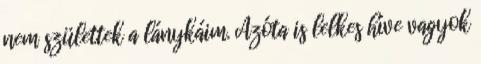
nem születtek a lánykáim. Azóta is lelkes híve vagyok